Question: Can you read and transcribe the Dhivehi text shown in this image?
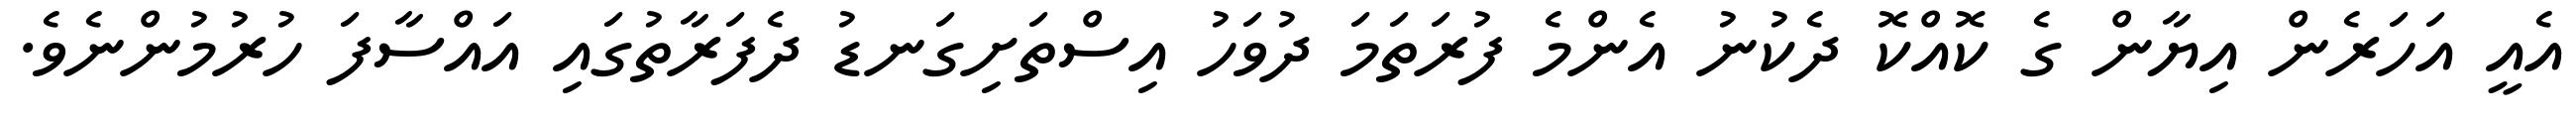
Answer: އެއީ އަހަރެން އިޔާން ގެ ކޮއްކޮ ދެކުނު އެންމެ ފުރަތަމަ ދުވަހު އިސްތަށިގަނޑު ދެފަރާތުގައި އައްސާފަ ހުރުމުންނެވެ.